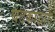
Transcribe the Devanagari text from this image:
घटकांद्वारे